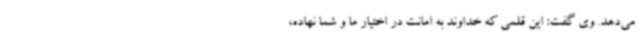
می‌دهد. وی گفت: این قلمی که خداوند به امانت در اختیار ما و شما نهاده،